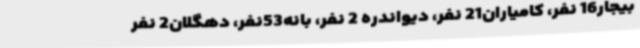
بیجار16 نفر، کامیاران21 نفر، دیواندره 2 نفر، بانه53نفر، دهگلان2 نفر